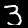
Label: 3